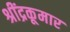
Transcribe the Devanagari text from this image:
श्रींद्रकूमार